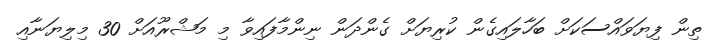
ތިން ފިޔަވައްސަކަށް ބަހާލައިގެން ކުރިޔަށް ގެންދަން ނިންމާފައިވާ މި މަޝްރޫއަށް 30 މިލިޔަނާއި